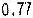
0.77